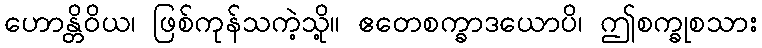
ဟောန္တိဝိယ၊ ဖြစ်ကုန်သကဲ့သို့။ ဧတေစက္ခာဒယောပိ၊ ဤစက္ခုစသား